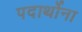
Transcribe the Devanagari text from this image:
पदार्थोना